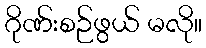
ဂိုဏ်းစဉ်ဖွယ် မလို။